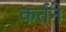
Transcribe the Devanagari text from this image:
कर्तने